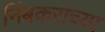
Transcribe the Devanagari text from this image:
निंबकराच्या